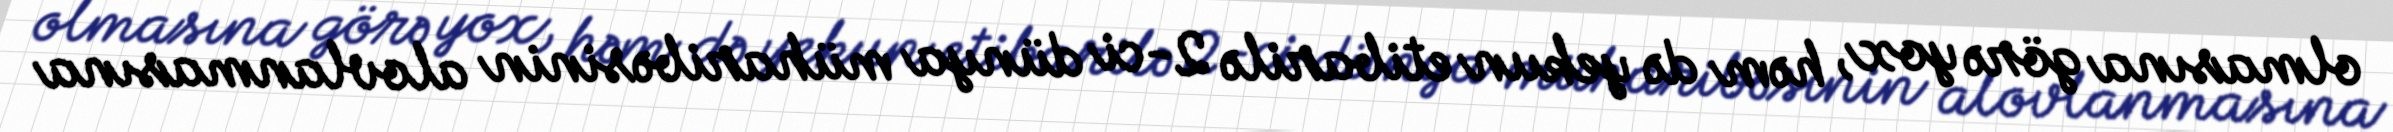
olmasına görə yox, həm də yekun etibarilə 2-ci dünya müharibəsinin alovlanmasına